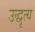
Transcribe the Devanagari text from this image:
उद्धृत्य